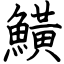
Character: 鱑